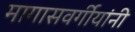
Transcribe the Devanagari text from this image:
मागासवर्गीयांनी